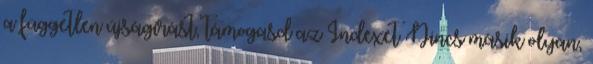
a független újságírást, támogasd az Indexet Nincs másik olyan,